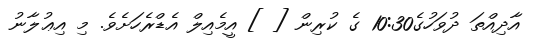
އާދިއްތަ ދުވަހުގެ10:30 ގެ ކުރިން [ ] އީމެއިލް އެޑްރެހަށެވެ. މި އިޢުލާނު